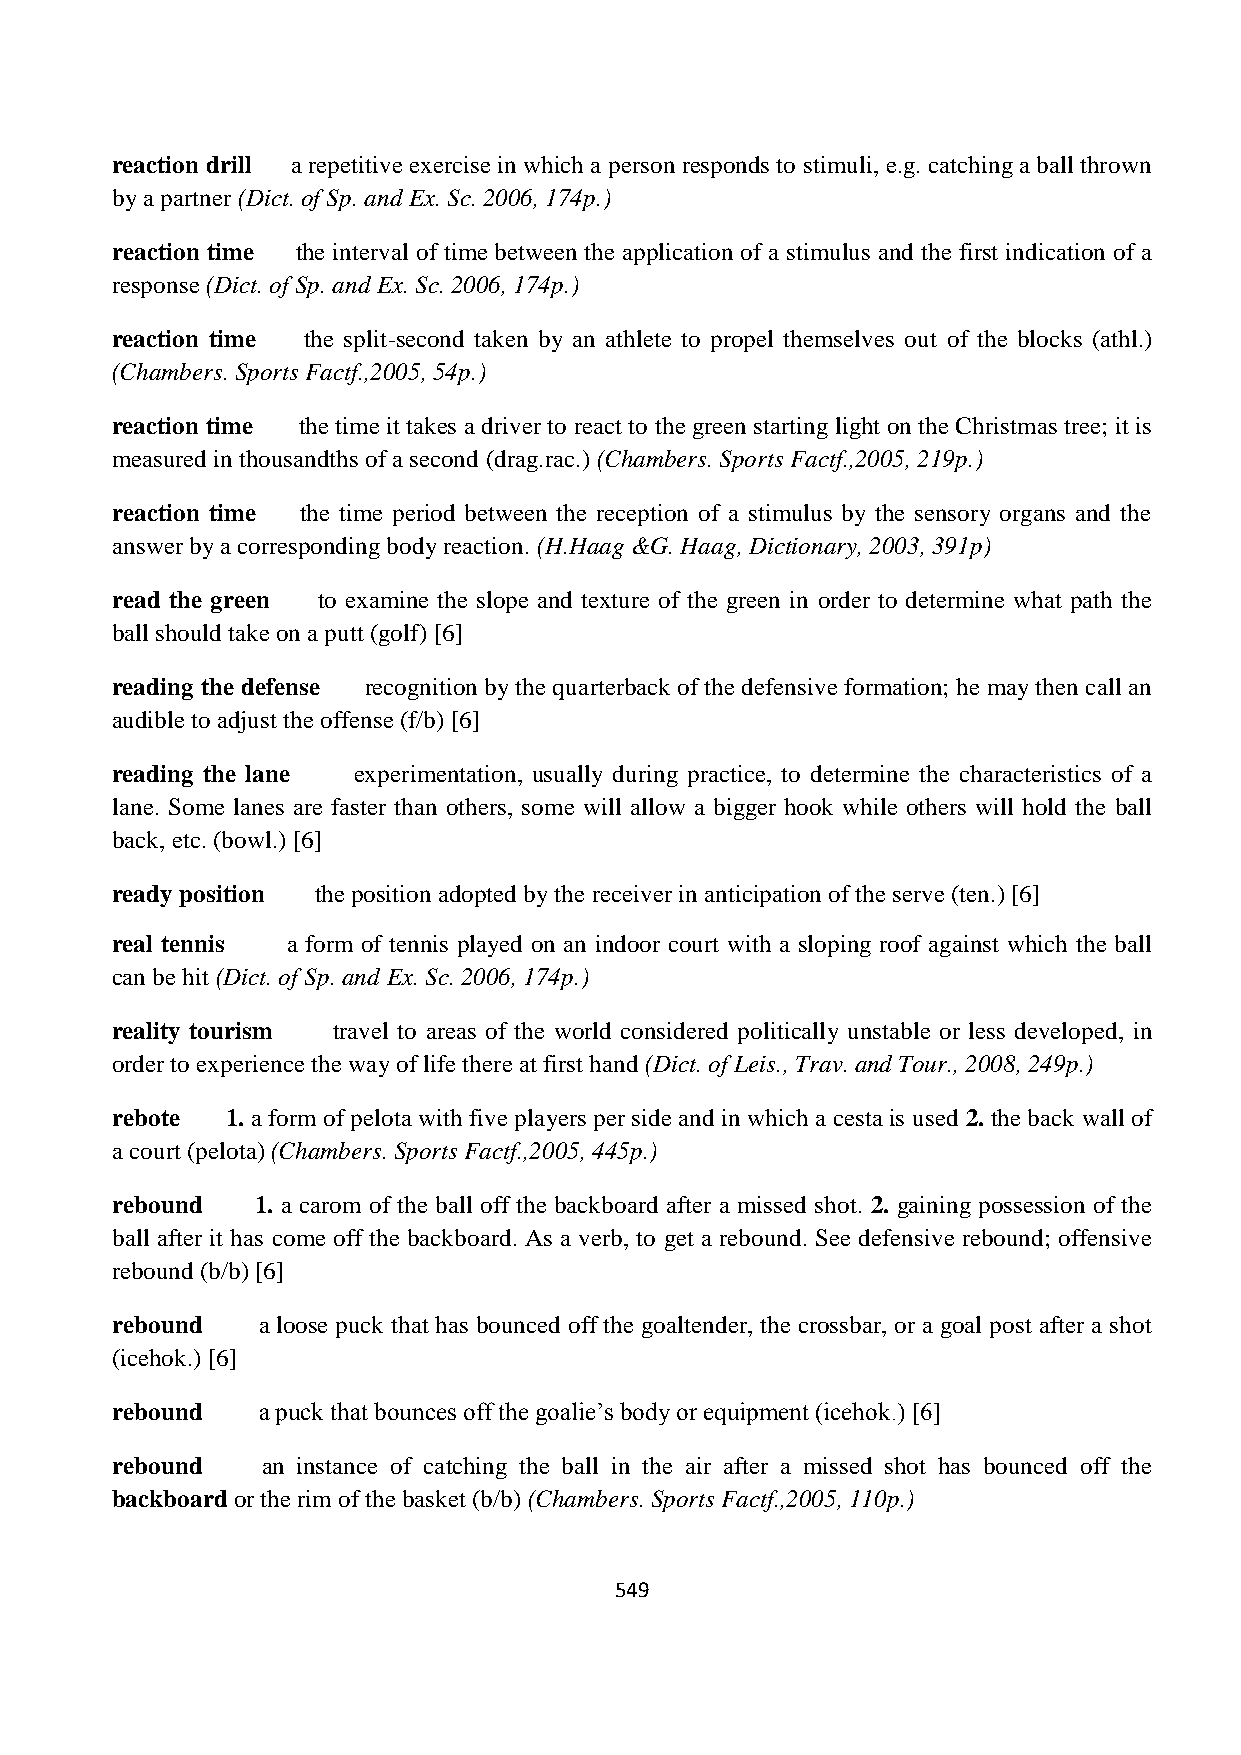
reaction drill a repetitive exercise in which a person responds to stimuli, e.g. catching a ball thrown
 by a partner (Dict. of Sp. and Ex. Sc. 2006, 174p.)
 reaction time the interval of time between the application of a stimulus and the first indication of a
 response (Dict. of Sp. and Ex. Sc. 2006, 174p.)
 reaction time the split-second taken by an athlete to propel themselves out of the blocks (athl.)
 (Chambers. Sports Factf.,2005, 54p.)
 reaction time the time it takes a driver to react to the green starting light on the Christmas tree; it is
 measured in thousandths of a second (drag.rac.) (Chambers. Sports Factf.,2005, 219p.)
 reaction time the time period between the reception of a stimulus by the sensory organs and the
 answer by a corresponding body reaction. (H.Haag &G. Haag, Dictionary, 2003, 391p)
 read the green to examine the slope and texture of the green in order to determine what path the
 ball should take on a putt (golf) [6]
 reading the defense recognition by the quarterback of the defensive formation; he may then call an
 audible to adjust the offense (f/b) [6]
 reading the lane experimentation, usually during practice, to determine the characteristics of a
 lane. Some lanes are faster than others, some will allow a bigger hook while others will hold the ball
 back, etc. (bowl.) [6]
 ready position the position adopted by the receiver in anticipation of the serve (ten.) [6]
 real tennis a form of tennis played on an indoor court with a sloping roof against which the ball
 can be hit (Dict. of Sp. and Ex. Sc. 2006, 174p.)
 reality tourism travel to areas of the world considered politically unstable or less developed, in
 order to experience the way of life there at first hand (Dict. of Leis., Trav. and Tour., 2008, 249p.)
 rebote  1. a form of pelota with five players per side and in which a cesta is used 2. the back wall of
 a court (pelota) (Chambers. Sports Factf.,2005, 445p.)
 rebound   1. a carom of the ball off the backboard after a missed shot. 2. gaining possession of the
 ball after it has come off the backboard. As a verb, to get a rebound. See defensive rebound; offensive
 rebound (b/b) [6]
 rebound   a loose puck that has bounced off the goaltender, the crossbar, or a goal post after a shot
 (icehok.) [6]
 rebound   a puck that bounces off the goalie’s body or equipment (icehok.) [6]
 rebound   an instance of catching the ball in the air after a missed shot has bounced off the
 backboard or the rim of the basket (b/b) (Chambers. Sports Factf.,2005, 110p.)
 549